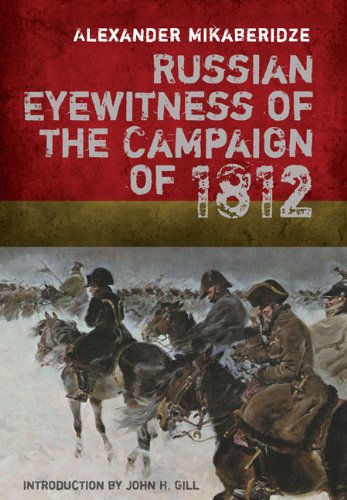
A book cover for RUSSIAN EYEWITNESS ACCOUNTS OF THE CAMPAIGN OF 1812; Alexander Mikaberidze; History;